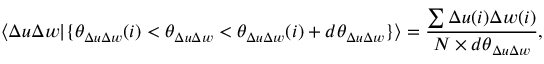
\langle \Delta u \Delta w \vert \{ \theta _ { \Delta u \Delta w } ( i ) < \theta _ { \Delta u \Delta w } < \theta _ { \Delta u \Delta w } ( i ) + d \theta _ { \Delta u \Delta w } \} \rangle = \frac { \sum \Delta u ( i ) \Delta w ( i ) } { N \times d \theta _ { \Delta u \Delta w } } ,